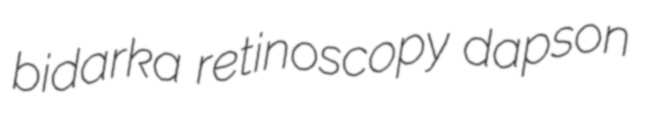
bidarka retinoscopy dapson